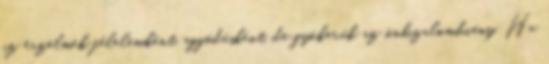
az érzelmek félelemként, aggódásként, de gyökerük az önbizalomhiány. Ha